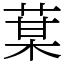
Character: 𦳑